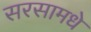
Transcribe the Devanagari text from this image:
सरसामधे